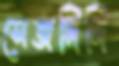
সেজদিদি